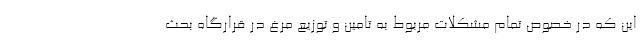
این که در خصوص تمام مشکلات مربوط به تامین و توزیع مرغ در قرارگاه بحث